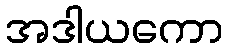
အဒါယကော